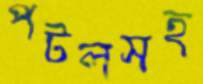
পটলসহ